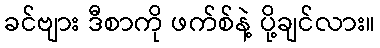
ခင်ဗျား ဒီစာကို ဖက်စ်နဲ့ ပို့ချင်လား။